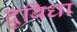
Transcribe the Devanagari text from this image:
दुबिधा